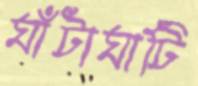
ঘাঁটাঘাটি